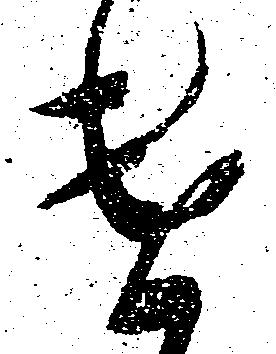
遣